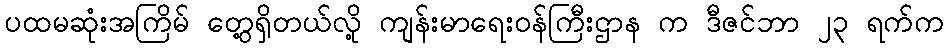
ပထမဆုံးအကြိမ် တွေ့ရှိတယ်လို့ ကျန်းမာရေးဝန်ကြီးဌာန က ဒီဇင်ဘာ ၂၃ ရက်က